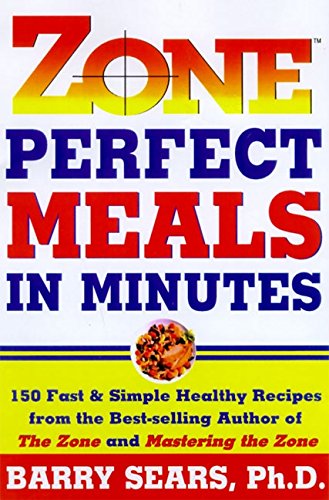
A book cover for Zone-Perfect Meals in Minutes (The Zone); Barry Sears; Health, Fitness & Dieting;